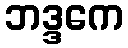
ဘဒ္ဒကေ